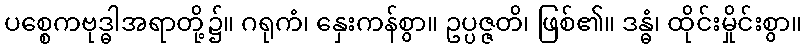
ပစ္စေကဗုဒ္ဓါအရာတို့၌။ ဂရုကံ၊ နှေးကန်စွာ။ ဥပ္ပဇ္ဇတိ၊ ဖြစ်၏။ ဒန္ဓံ၊ ထိုင်းမှိုင်းစွာ။